Lunatic asylums Bombay report 1878-1890 - 1878-1890
Year: 1878
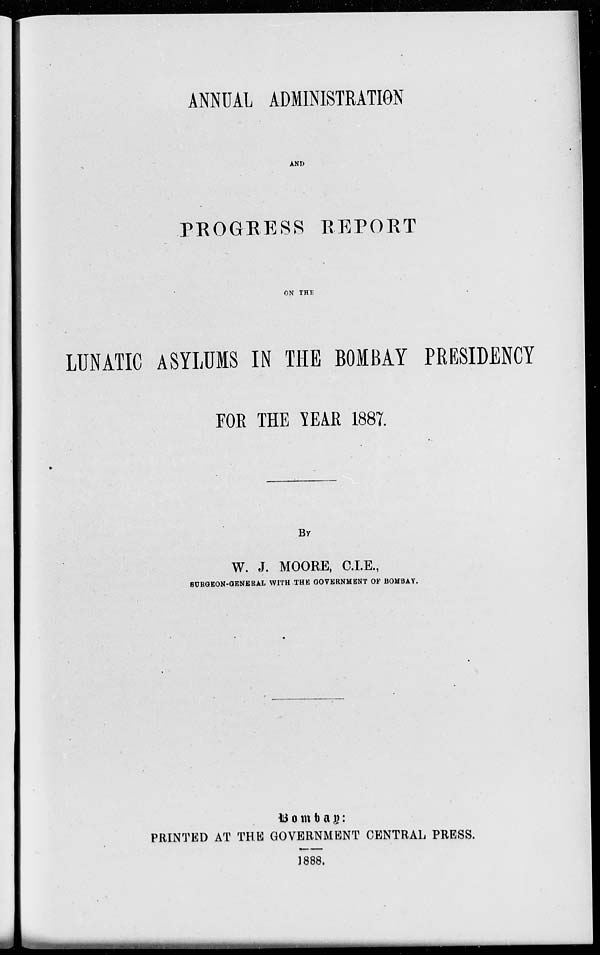
ANNUAL ADMINISTRATION
AND
PROGRESS REPORT
ON THE
LUNATIC ASYLUMS IN THE BOMBAY PRESIDENCY
FOR THE YEAR 1887.
BY
W. J. MOORE, C.I.E.,
SURGEON-GENERAL WITH THE GOVERNMENT OF BOMBAY.
Bombay:
PRINTED AT THE GOVERNMENT CENTRAL PRESS.
1888.